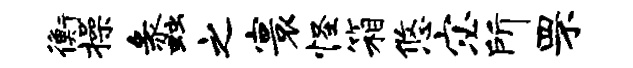
衡操蠡之寰怪箱悠宓所罘